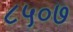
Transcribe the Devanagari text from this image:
८५०७